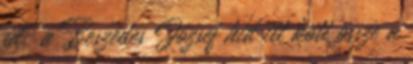
út; a Beszédes József híd itt köti össze a